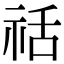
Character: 䄆